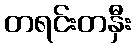
တရင်းတနှီး